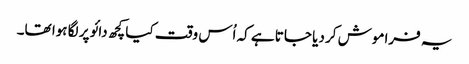
یہ فراموش کر دیا جاتا ہے کہ اُس وقت کیا کچھ دائو پر لگا ہوا تھا۔